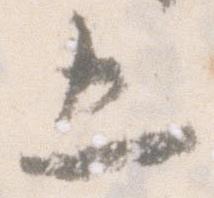
五